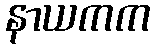
နာယကက